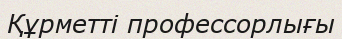
Құрметті профессорлығы